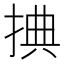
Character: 捵